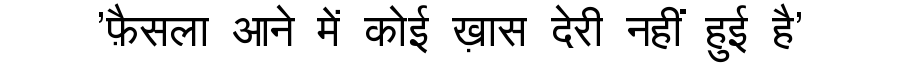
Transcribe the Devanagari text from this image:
'फ़ैसला आने में कोई ख़ास देरी नहीं हुई है'